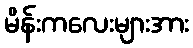
မိန်းကလေးများအား